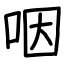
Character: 咽